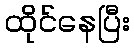
ထိုင်နေပြီး